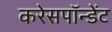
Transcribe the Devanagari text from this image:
करेसपॉन्डेंट